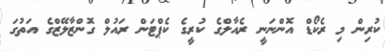
ކުރިން މި ރެކޯޑް އޮންނަނީ ރެއާލްގެ ކުރީގެ ކެޕްޓަން ރައުލް ގޮންޒާލޭޒްގެ އަތުގަ